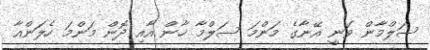
ސަލްމާން ވަނީ އޭނާގެ މަންމަ ސަލްމާ ޚާން އާއި ދޮން މަންމަ ހެލަންއާ